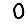
Digit: 0